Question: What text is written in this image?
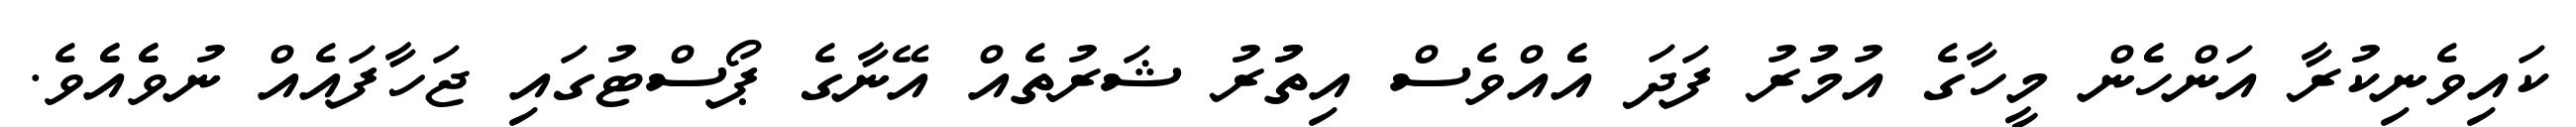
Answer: ކައިވެނިކުރާ އަންހެެން މީހާގެ އުމުުރު ފަދަ އެެއްވެސް އިތުުރު ޝަރުތެއް އޭނާގެ ޕޯސްޓުގައި ޖަހާފައެއް ނުވެެއެެވެ.